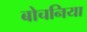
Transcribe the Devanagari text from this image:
बोचनिया